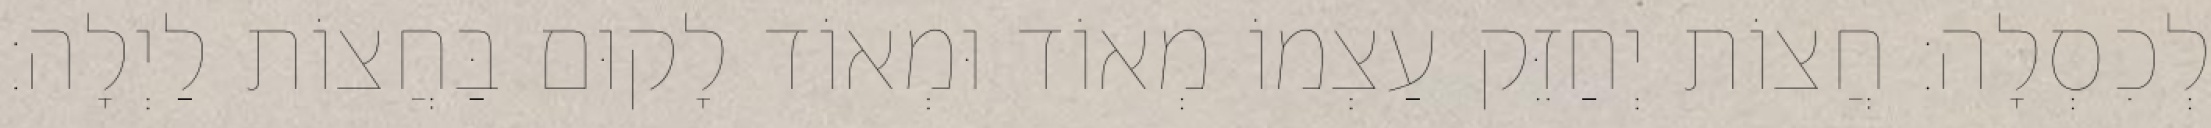
לְכִסְלָה: חֲצוֹת יְחַזֵּק עַצְמוֹ מְאוֹד וּמְאוֹד לָקוּם בַּחֲצוֹת לַיְלָה: